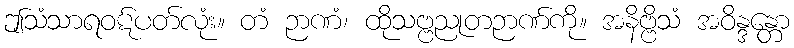
ဤသံသာရဝဋ်ပတ်လုံး။ တံ ဉာဏံ၊ ထိုသဗ္ဗညုတဉာဏ်ကို။ အနိဗ္ဗိသံ အဝိန္ဒန္တော